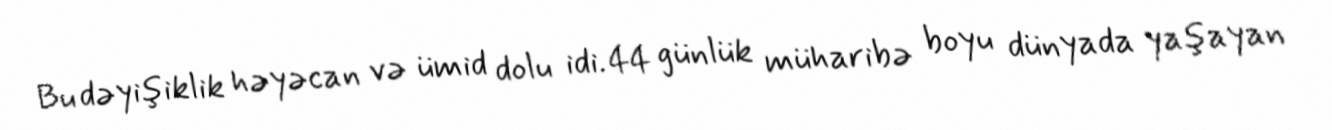
Bu dəyişiklik həyəcan və ümid dolu idi. 44 günlük müharibə boyu dünyada yaşayan